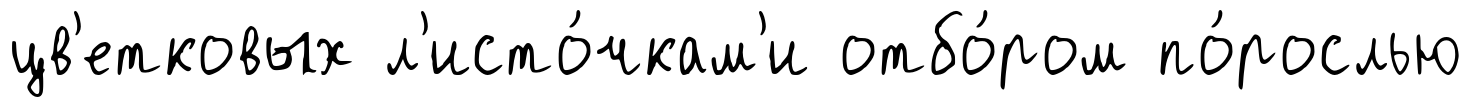
цв'етковых л'исто́чкам'и отбо́ром по́рослью